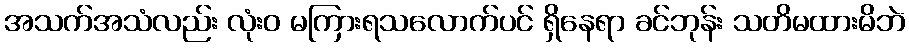
အသက်အသံလည်း လုံးဝ မကြားရသလောက်ပင် ရှိနေရာ ခင်ဘုန်း သတိမထားမိဘဲ